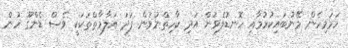
ހަމަމިހެން މޭނުބައިކުރުމާއި ހޮނޑުލެވުން އަދި ކާހިތްނުވުން ފަދަ އަލާމާތްތަކަކީ ވެސް ޑެންގޫ ހުން